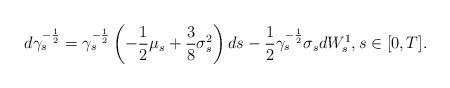
LaTeX: \begin{align*}d\gamma_s^{-\frac12} & = \gamma_s^{-\frac12} \left( -\frac12\mu_s + \frac{3}{8} \sigma_s^2 \right)ds - \frac12 \gamma_s^{-\frac12} \sigma_s dW^1_s, s \in [0,T].\end{align*}